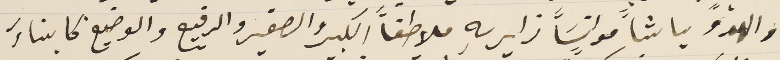
والهدو باشاً موانسَاً زايريهِ ملاطفاً الكبير والصغير والرفيع والوضيع كابناء